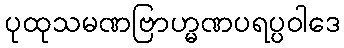
ပုထုသမဏဗြာဟ္မဏပရပ္ပဝါဒေ